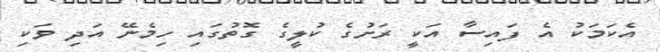
އެކަމަކު އެ ފައިސާ އަކީ ރަށުގެ ކުލީގެ ގޮތުގައި ހިމެނޭ އަދި ވަކި